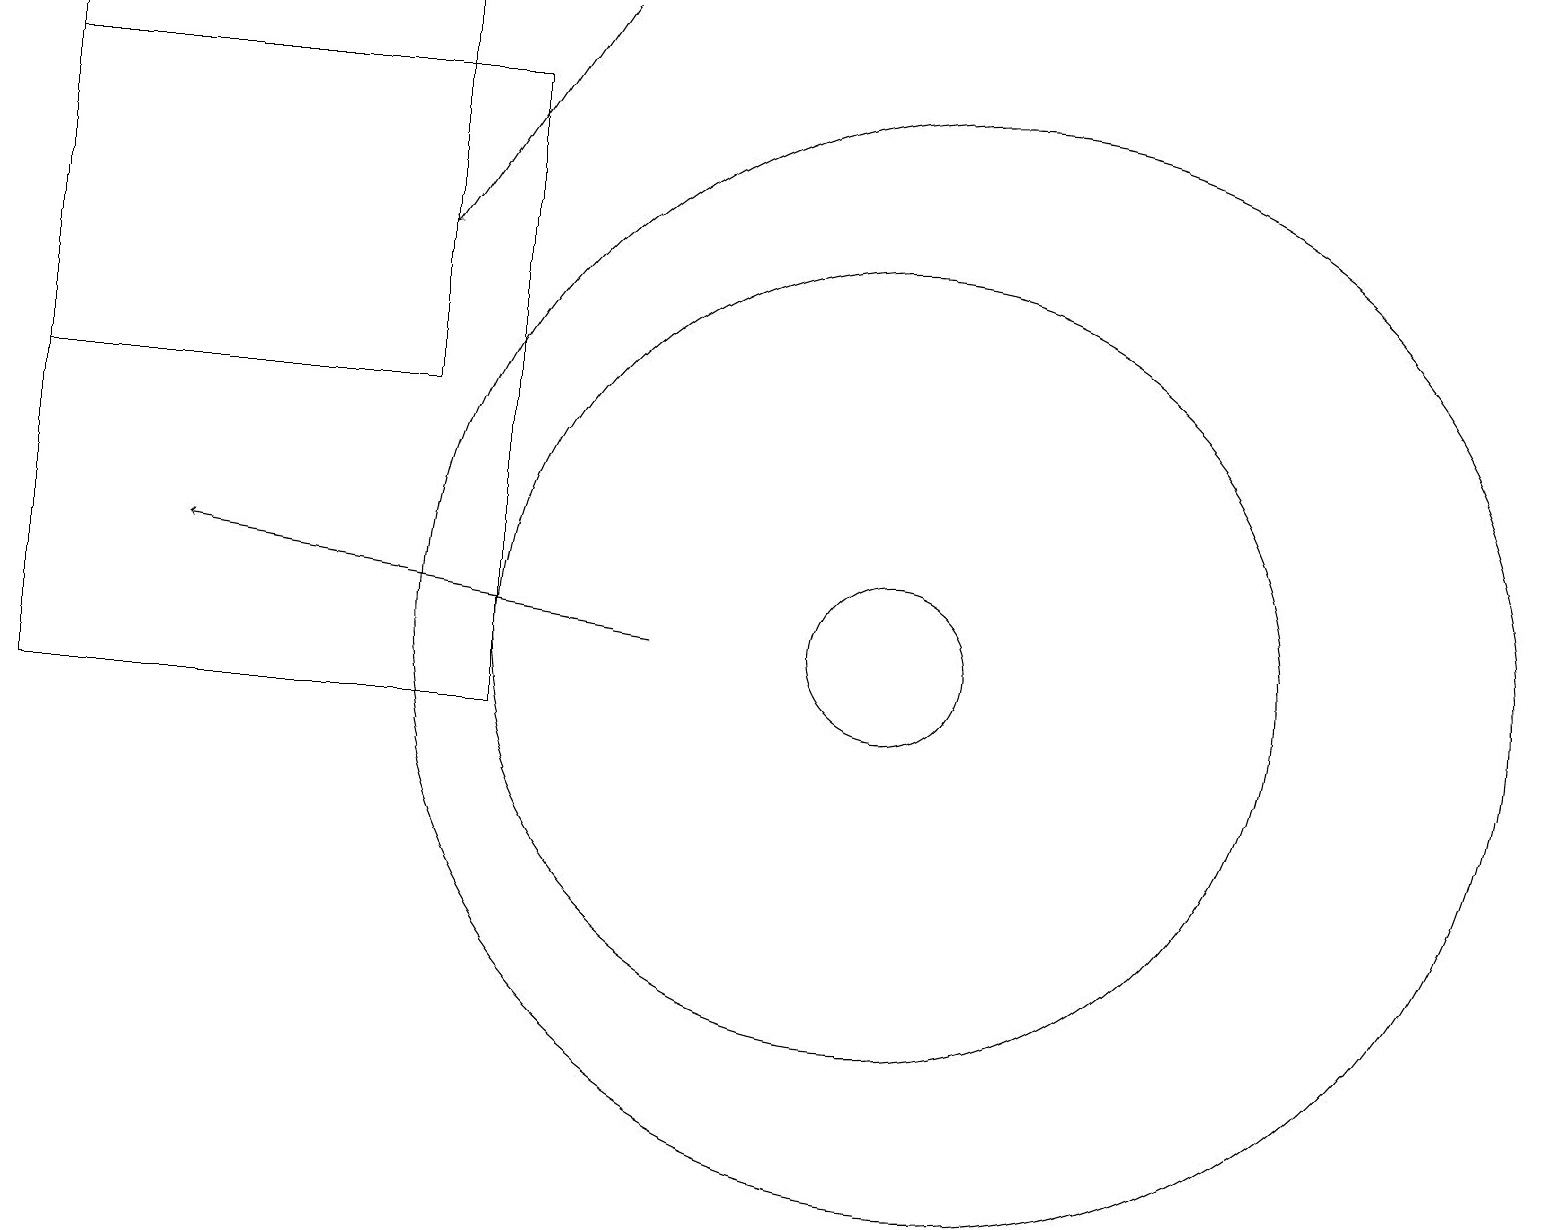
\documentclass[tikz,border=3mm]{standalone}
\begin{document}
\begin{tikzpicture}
\draw (11,11) circle (1);
\draw (12,11) circle (7);
\draw (0,19) rectangle (5,14);
\draw (11,11) circle (5);
\draw (0,10) rectangle (6,18);
\draw (10,10) circle (0);
\draw[->] (7,19) -- (5,16);
\draw[->] (8,11) -- (2,12);
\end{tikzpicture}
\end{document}